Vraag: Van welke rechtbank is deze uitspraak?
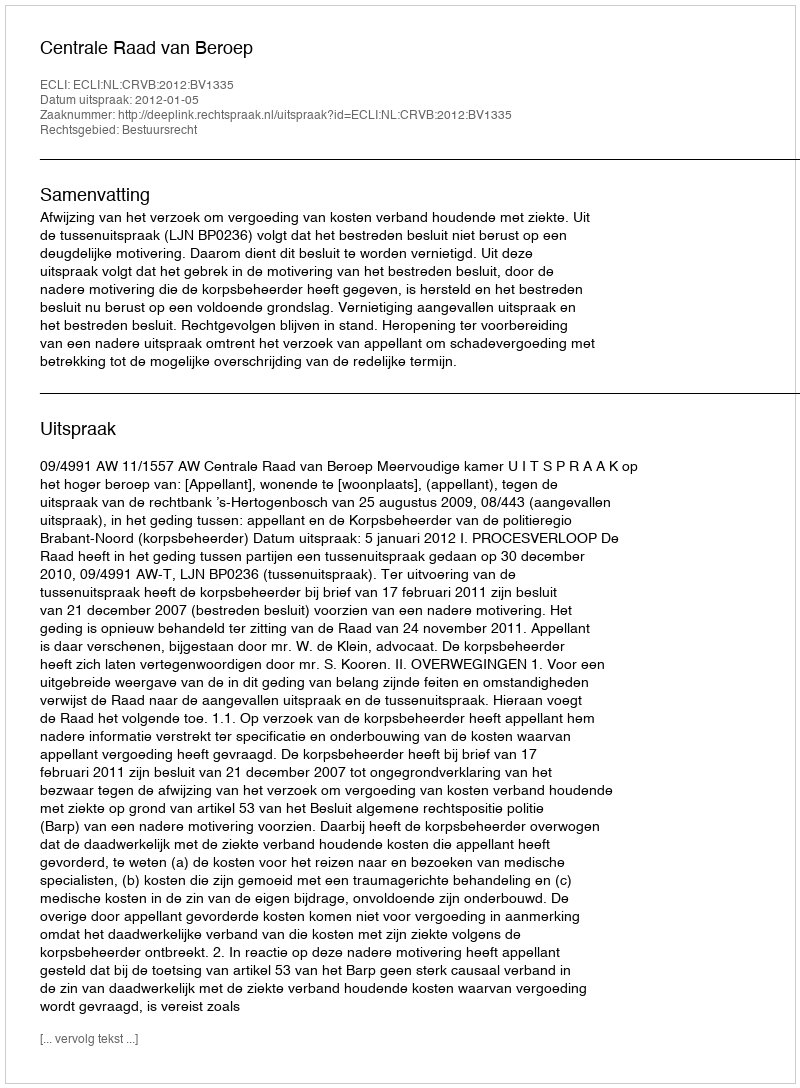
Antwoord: Centrale Raad van Beroep